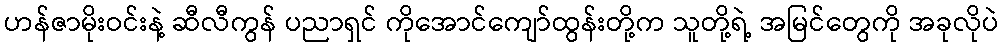
ဟန်ဇာမိုးဝင်းနဲ့ ဆီလီကွန် ပညာရှင် ကိုအောင်ကျော်ထွန်းတို့က သူတို့ရဲ့ အမြင်တွေကို အခုလိုပဲ